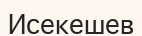
Исекешев